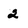
Character: 2